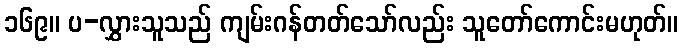
၁၆၉။ ပ-လွှားသူသည် ကျမ်းဂန်တတ်သော်လည်း သူတော်ကောင်းမဟုတ်။